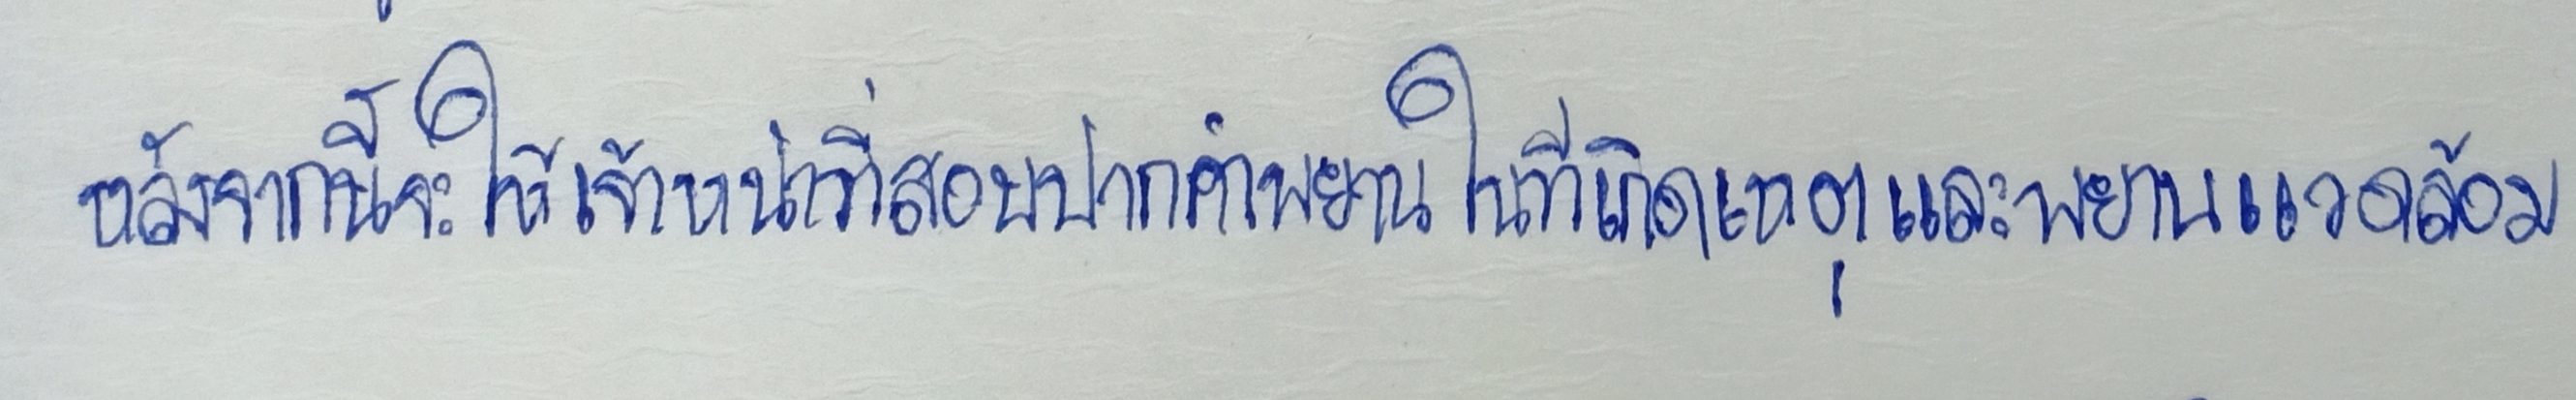
หลังจากนี้จะให้เจ้าหน้าที่สอบปากคำพยานในที่เกิดเหตุและพยานแวดล้อม